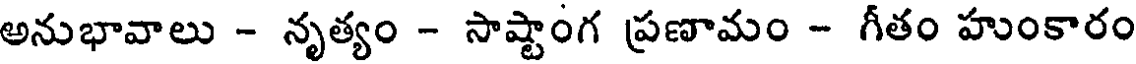
అనుభావాలు - నృత్యం - సాష్టాంగ ప్రణామం - గీతం హుంకారం